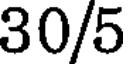
30/5